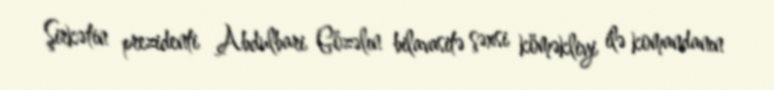
Şirkətin prezidenti Abdulbari Gözəlın bilavasitə şəxsi köməkliyi ilə komandanın